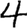
Digit: 4